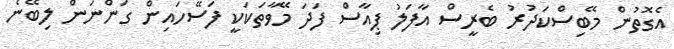
އެގޮތުން މޭބިސްކަދުރު ބެރީސް އާފަލު ޕިއާސް ފަދަ މޭވާތަކަކީ ފަސޭހައިން ގަންނަން ލިބޭނެ